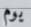
يوم